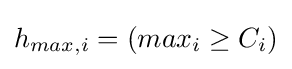
h_{max,i}=(max_{i}\geq C_{i})